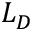
L _ { D }